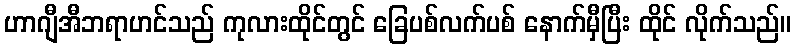
ဟာဂျီအီဘရာဟင်သည် ကုလားထိုင်တွင် ခြေပစ်လက်ပစ် နောက်မှီပြီး ထိုင် လိုက်သည်။